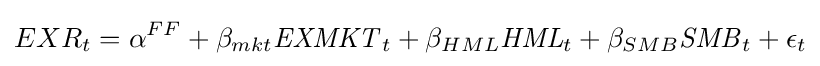
EXR_{t}=\alpha ^{FF}+\beta _{mkt}{\mathit {EXMKT}}_{t}+\beta _{HML}{\mathit {HML}}_{t}+\beta _{SMB}{\mathit {SMB}}_{t}+\epsilon _{t}